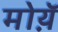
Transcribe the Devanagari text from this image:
मोय़ॅ